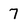
Character: 7